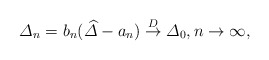
\begin{align*} \varDelta_n = b_n(\widehat{\varDelta}-a_n) \overset{D}\to\varDelta_0 , n\to\infty,\end{align*}